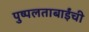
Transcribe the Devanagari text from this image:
पुष्पलताबाईंची